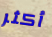
أكثر